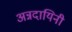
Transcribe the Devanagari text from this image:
अन्नदायिनी